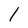
Character: 1